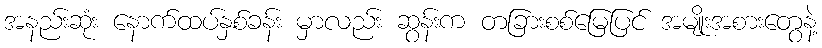
အနည်းဆုံး နောက်ထပ်နှစ်ခန်း မှာလည်း ဆွန်းက တခြားစစ်မြေပြင် အမျိုးအစားတွေနဲ့